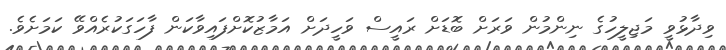
ވިދާޅުވީ މަޖިލީހުގެ ނިންމުން ވަރަށް ބޮޑަށް ރައީސް ވަހީދަށް އަމާޒުކޮށްފައިވާކަން ފާހަގަކުރެއްވޭ ކަމަށެވެ.